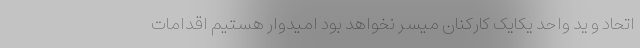
اتحاد و ید واحد یکایک کارکنان میسر نخواهد بود امیدوار هستیم اقدامات